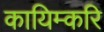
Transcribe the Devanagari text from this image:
कायिम्करि